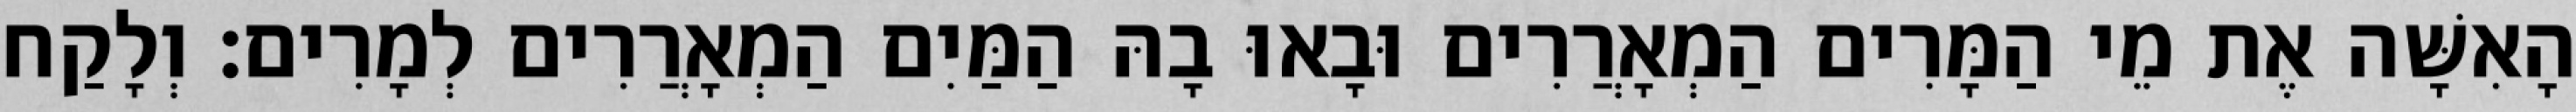
הָאִשָּׁה אֶת מֵי הַמָּרִים הַמְאָרֲרִים וּבָאוּ בָהּ הַמַּיִם הַמְאָרֲרִים לְמָרִים׃ וְלָקַח